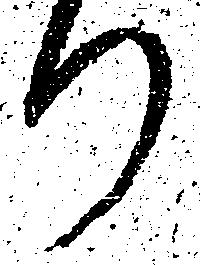
り